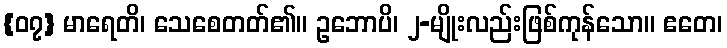
{၀၇} မာရေတိ၊ သေစေတတ်၏။ ဥဘောပိ၊ ၂-မျိုးလည်းဖြစ်ကုန်သော။ ဧတေ၊